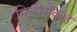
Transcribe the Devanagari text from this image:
मिलीसेंकड